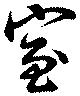
室